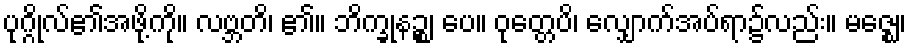
ပုဂ္ဂိုလ်၏အဖို့ကို။ လဗ္ဘတိ၊ ၏။ ဘိက္ခုနဉ္စ၊ ပေ။ ဝုတ္တေပိ၊ လျှောက်အပ်ရာ၌လည်း။ မဇ္ဈေ၊